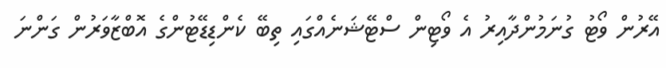
އޭރުން ވޯޓު ގުނަމުންދާއިރު އެ ވޯޓިން ސްޓޭޝަނެއްގައި ތިބޭ ކެންޑިޑޭޓުންގެ އޮބްޒާވަރުން ގަންނަ